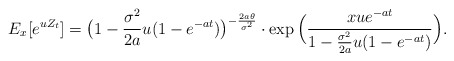
\begin{align*}E_x[e^{uZ_t}]= \big(1-\frac{\sigma^2}{2a}u(1-e^{-at})\big)^{-\frac{2a\theta}{\sigma^2}} \cdot \exp \Big (\frac{xue^{-at}}{1-\frac{\sigma^2}{2a}u(1-e^{-at})} \Big) . \end{align*}